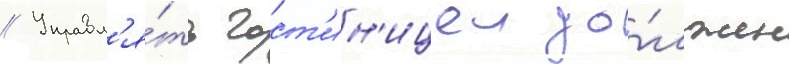
// Управл'я́ть гост'ин'ицеи до́лжен